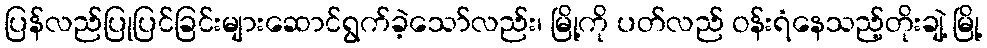
ပြန်လည်ပြုပြင်ခြင်းများဆောင်ရွက်ခဲ့သော်လည်း၊ မြို့ကို ပတ်လည် ဝန်းရံနေသည့်တိုးချဲ့ မြို့